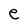
Character: e